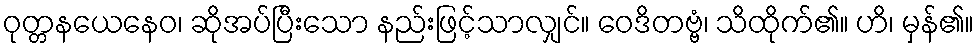
ဝုတ္တနယေနေဝ၊ ဆိုအပ်ပြီးသော နည်းဖြင့်သာလျှင်။ ဝေဒိတဗ္ဗံ၊ သိထိုက်၏။ ဟိ၊ မှန်၏။